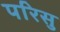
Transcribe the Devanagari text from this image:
परिसु